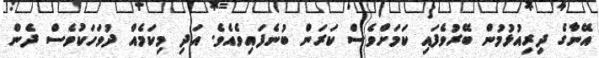
އޭނާގެ ދިރިއުޅުމުން ބޭރުވެފައި ކަމަށްވެސް ކަރަން ބުނެފައިވެއެވެ. އަދި މިކަމެއް ދުވަހަކުވެސް ދެން